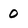
Character: 0